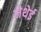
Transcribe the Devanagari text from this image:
मेथेई